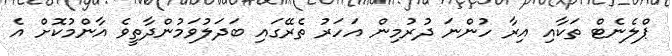
ޕްލެނެޓް ތަކާއި އިރާ ހުންނަ ދުރުމިން އަހަރު ތެރޭގައި ބަދަލުވަމުންދާތީވެ އާންމުކޮށް އެ